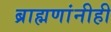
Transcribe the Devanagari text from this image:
ब्राह्मणांनीही